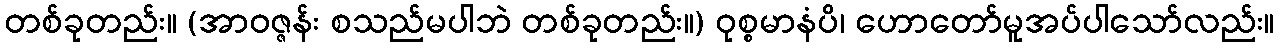
တစ်ခုတည်း။ (အာဝဇ္ဇန်း စသည်မပါဘဲ တစ်ခုတည်း။) ဝုစ္စမာနံပိ၊ ဟောတော်မူအပ်ပါသော်လည်း။